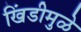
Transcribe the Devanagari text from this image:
खिंडीमुळे